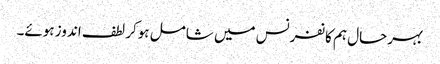
بہرحال ہم کانفرنس میں شامل ہوکر لطف اندوز ہوئے۔